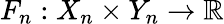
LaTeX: F_{n}:X_{n}\times Y_{n}\rightarrow\mathbb{R}